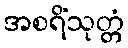
အစရိံသုတ္တံ